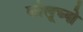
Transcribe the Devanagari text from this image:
कोलूच्यो